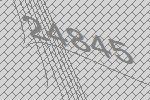
24845